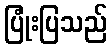
ပြုံးပြသည်